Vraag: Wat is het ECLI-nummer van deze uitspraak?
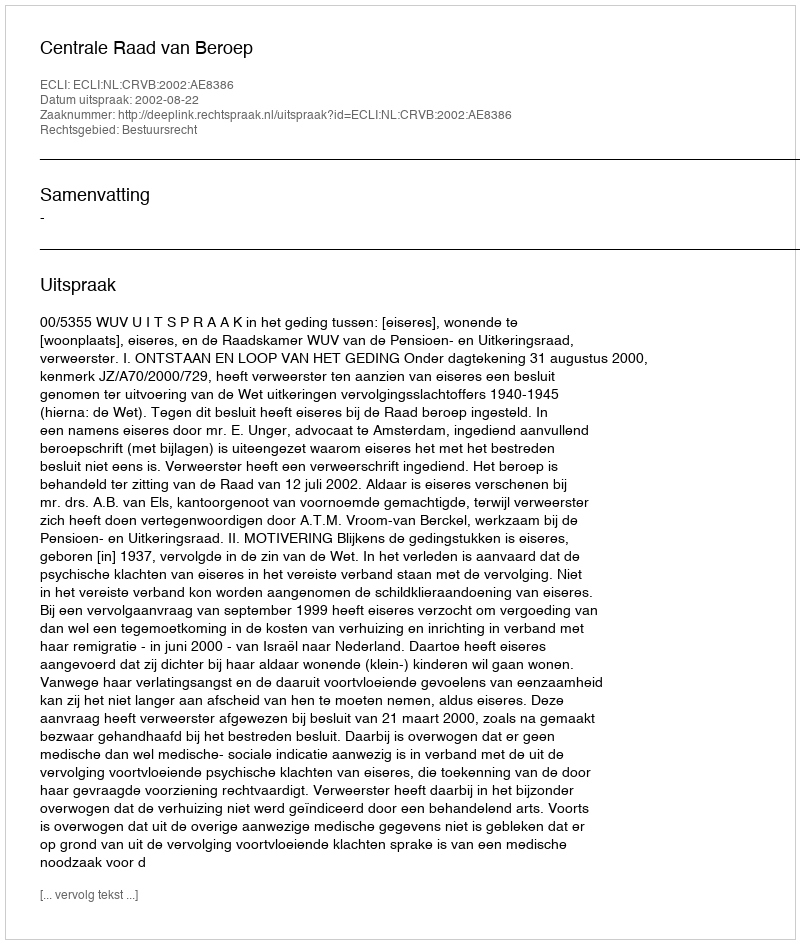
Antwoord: ECLI:NL:CRVB:2002:AE8386